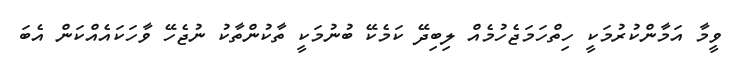
ވީމާ އަމާންކުރުމަކީ ހިތްހަމަޖެހުމެއް ލިބިދޭ ކަމެކޭ ބުނުމަކީ ތާކުންތާކު ނުޖެހޭ ވާހަކައެއްކަން އެބަ